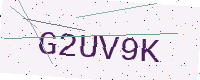
Text: G2UV9K